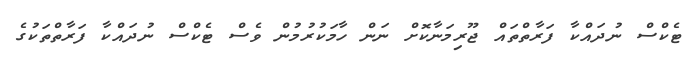
ޓެކްސް ނުދައްކާ ފަރާތްތައް ޖޫރިމަނާކޮށް ނަން ހާމަކުރުމުން ވެސް ޓެކްސް ނުދައްކާ ފަރާތްތަކުގެ